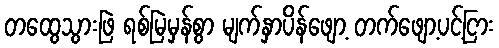
တထွေသွားဖြဲ ရစ်မြဲမှန်စွာ မျက်နှာပိန်ဖျော့ တက်ဖျော့ပင့်ငြား